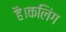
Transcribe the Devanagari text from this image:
है।कलिंग